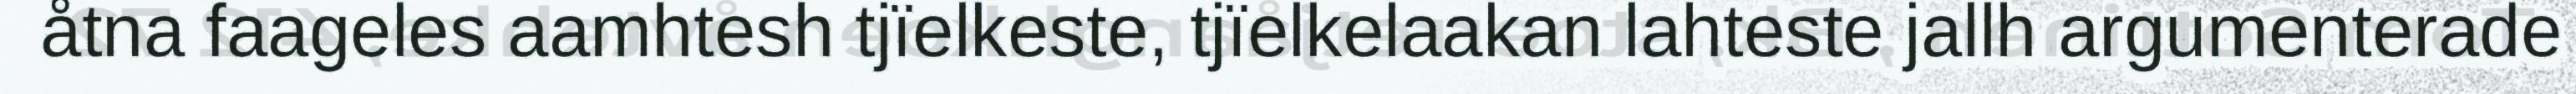
åtna faageles aamhtesh tjïelkeste, tjïelkelaakan lahteste jallh argumenterade